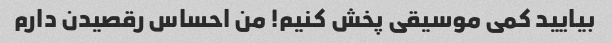
بیایید کمی موسیقی پخش کنیم! من احساس رقصیدن دارم